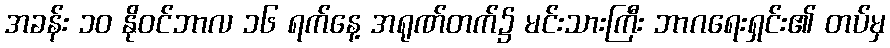
အခန်း ၁၀ နိုဝင်ဘာလ ၁၆ ရက်နေ့ အရုဏ်တက်၌ မင်းသားကြီး ဘာဂရေးရှင်း၏ တပ်မှ